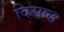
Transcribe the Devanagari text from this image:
विसष्ठ